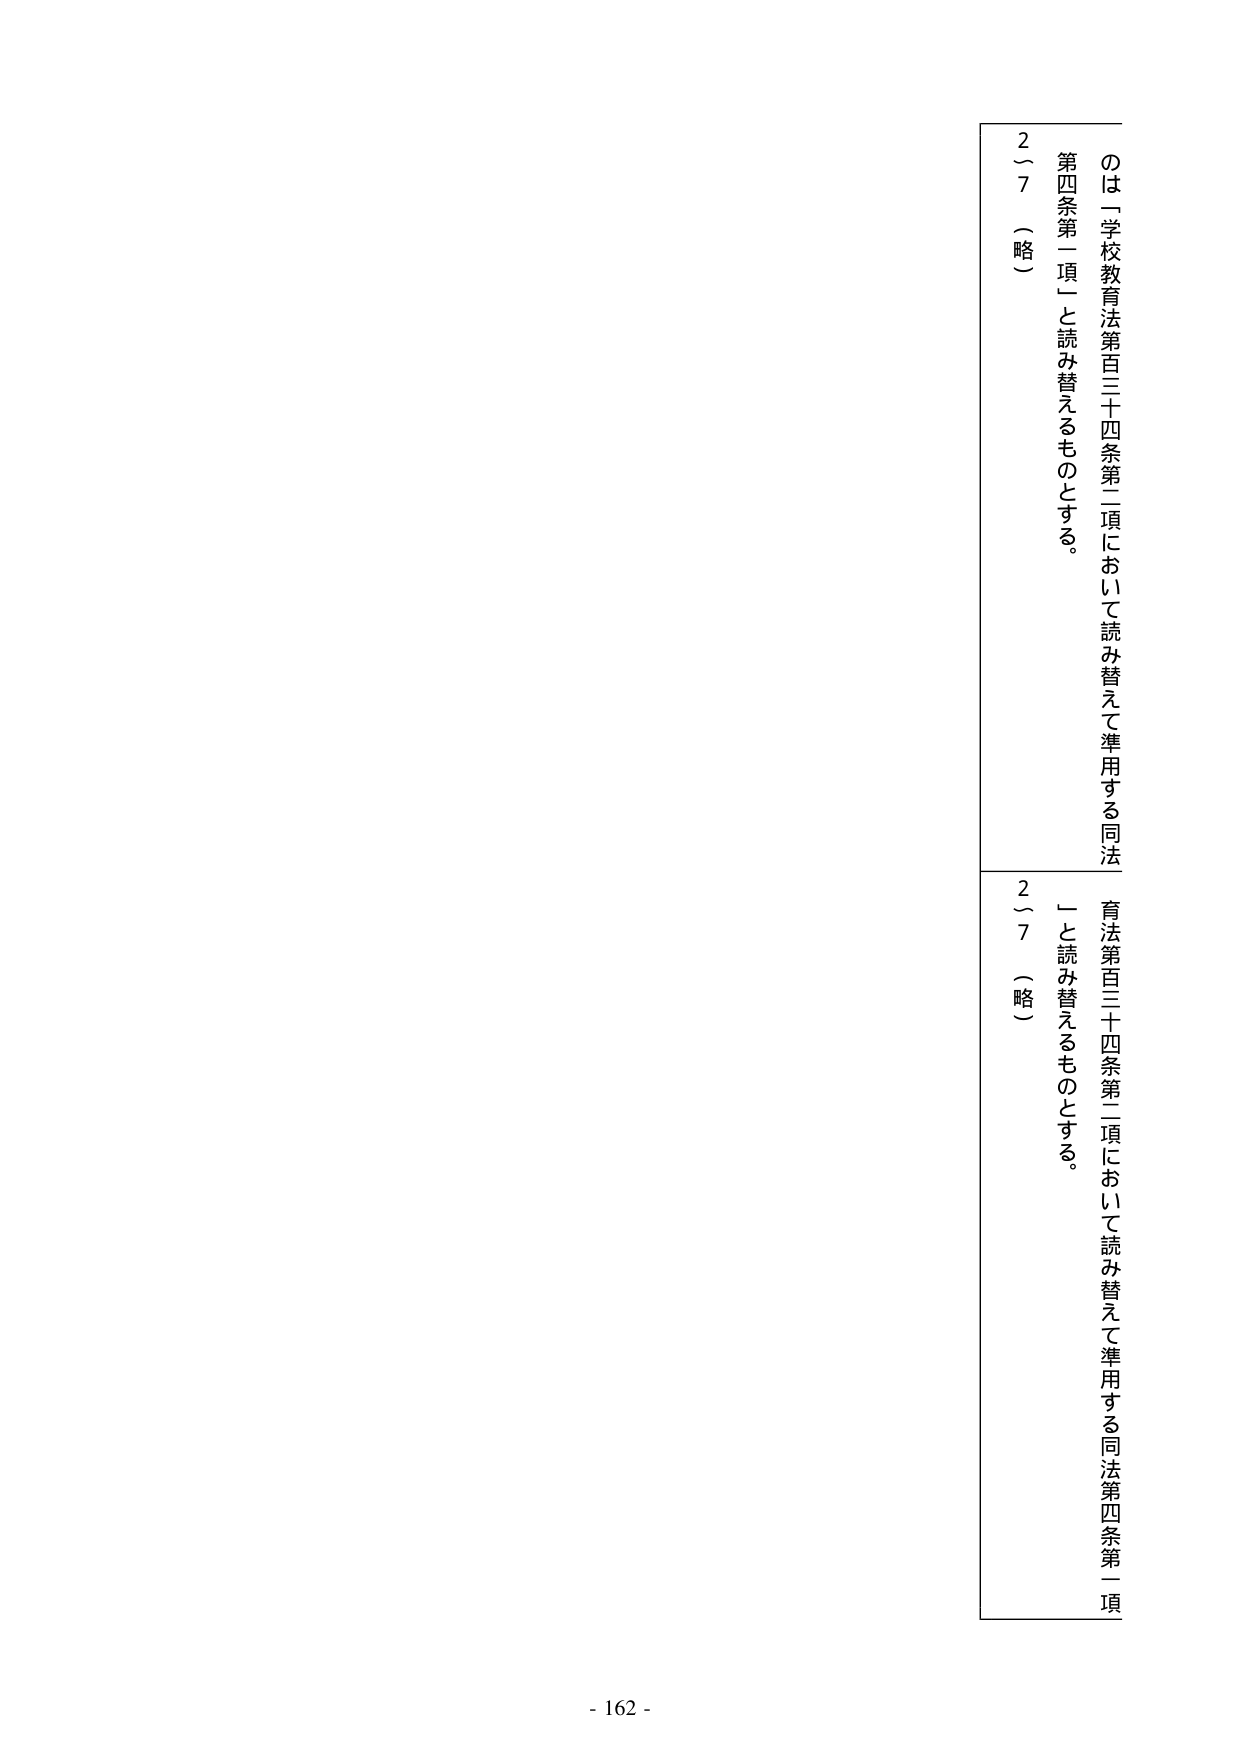
のは「学校教育法第百三十四条第二項において読み替えて準用する同法第四条第一項」と読み替えるものとする。
２～７（略）
育法第百三十四条第二項において読み替えて準用する同法第四条第一項」と読み替えるものとする。
２～７（略）
- 162 -